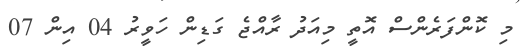
މި ކޮންފަރެންސް އޮތީ މިއަދު ރާއްޖެ ގަޑިން ހަވީރު 04 އިން 07